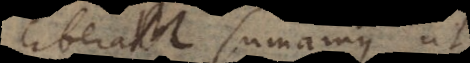
liberam sumamus ut